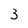
Character: 3